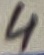
Text: 4